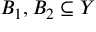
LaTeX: B _ { 1 } , B _ { 2 } \subseteq Y